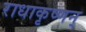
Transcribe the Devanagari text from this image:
राधाकृष्णन्‌